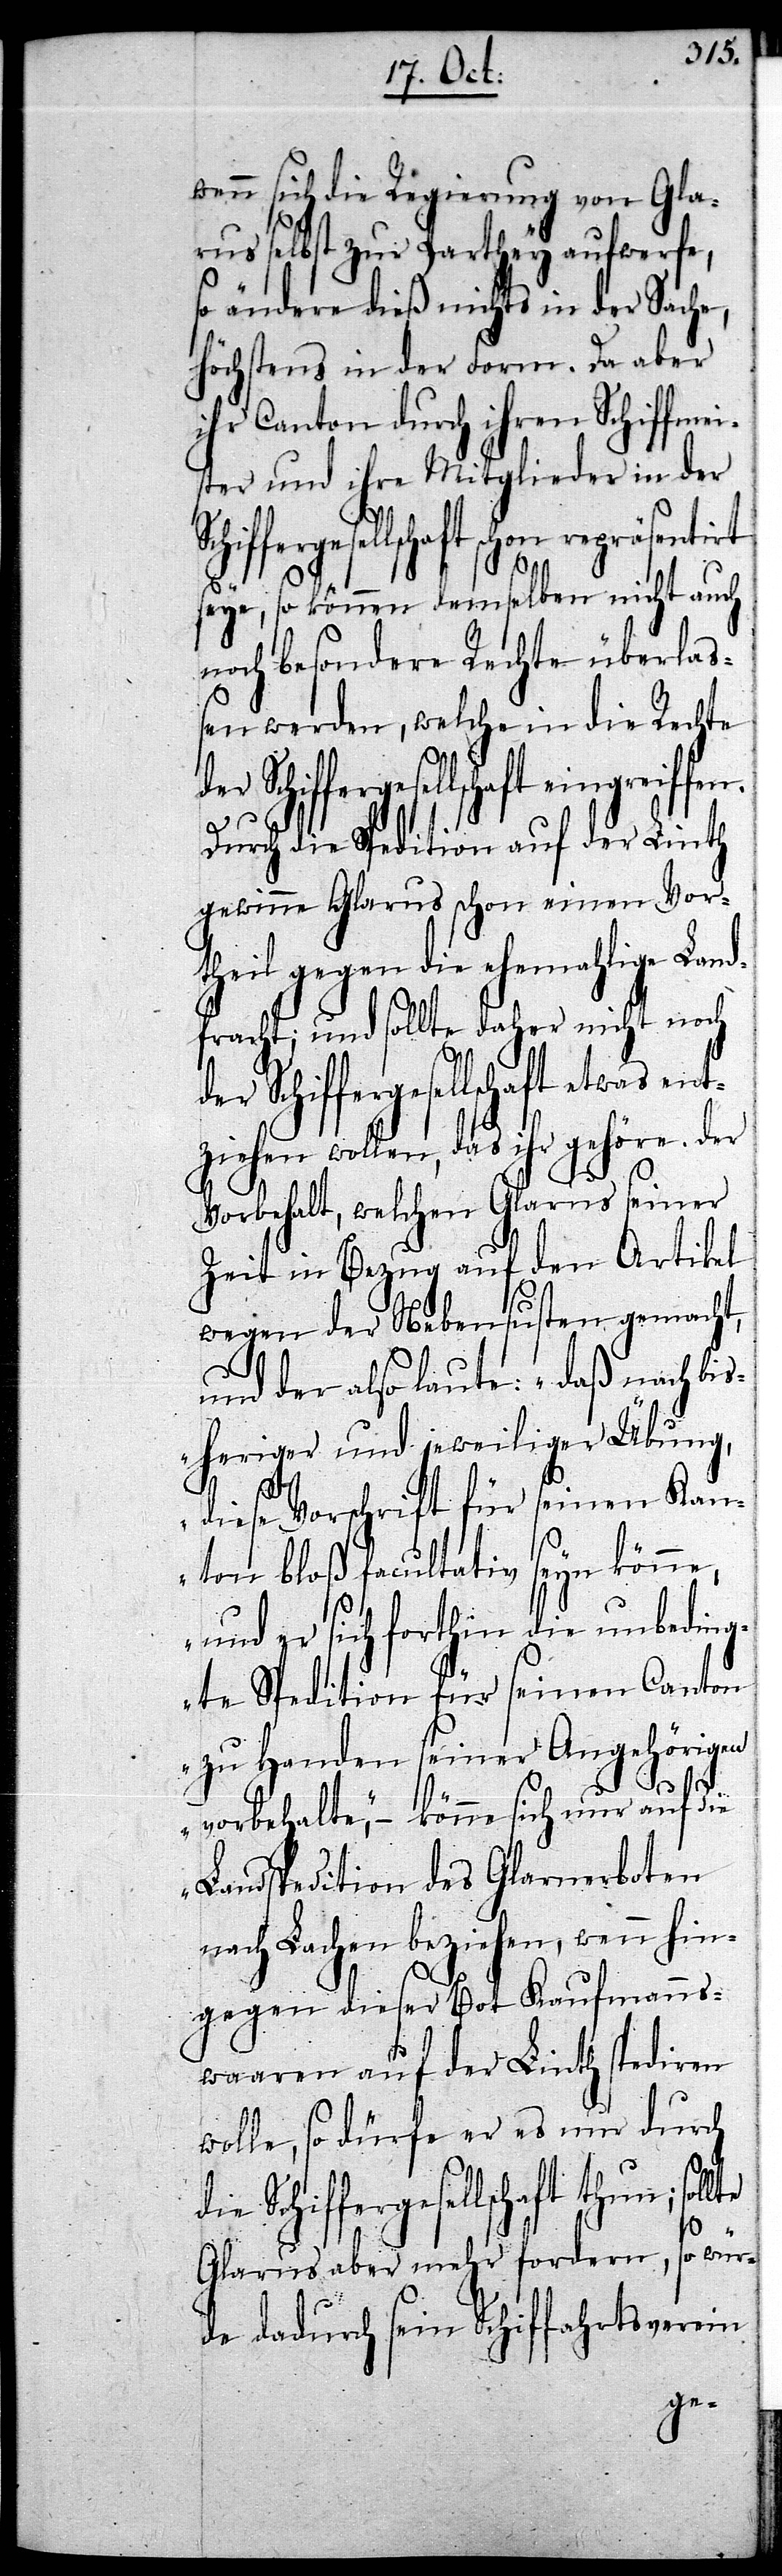
wenn sich die Regierung von Gla¬
rus selbst zur Parthey aufwerfe,
so ändere dieß nichts in der Sache,
höchstens in der Form. Da aber
ihr Canton durch ihren Schiffmei¬
ster und ihre Mitglieder in der
haft schon repräsentirt
seye, so können demselben nicht auch
noch besondere Rechte überlaß¬
en werden, welche in die Rechte
Durch die Spedition auf der Linth
gewinne Glarus schon einen Vor¬
theil gegen die ehemahlige Land¬
fracht; und sollte daher nicht noch
Schiffergesellsc¬
tziehen wollen, das ihr gehöre. Der
Vorbehalt, welchen Glarus seiner
Zeit in Bezug auf den Artikel
wegen der Nebensusten gemacht,
und der also laute: „daß nach bis¬
heriger und jeweiliger Übung,
diese Vorschrift für seinen Kan¬
ton bloß facultativ seyn könne,
und er sich forthin die unbeding¬
te Spedition für seinen Canton
zu Handen seiner Angehörigen
fen.
vorbehalte“, – könne sich nur auf die
Landspedition des Glarnerboten
nach Lachen beziehen, wenn hin¬
gegen dieser Bot Kaufmanns¬
waaren auf der Linth spediren
wolle, so dürfe er es nur durch
die Schiffergesellschaft thun;
Glarus aber mehr fordern, so wür¬
de dadurch sein Schiffahrtsverein